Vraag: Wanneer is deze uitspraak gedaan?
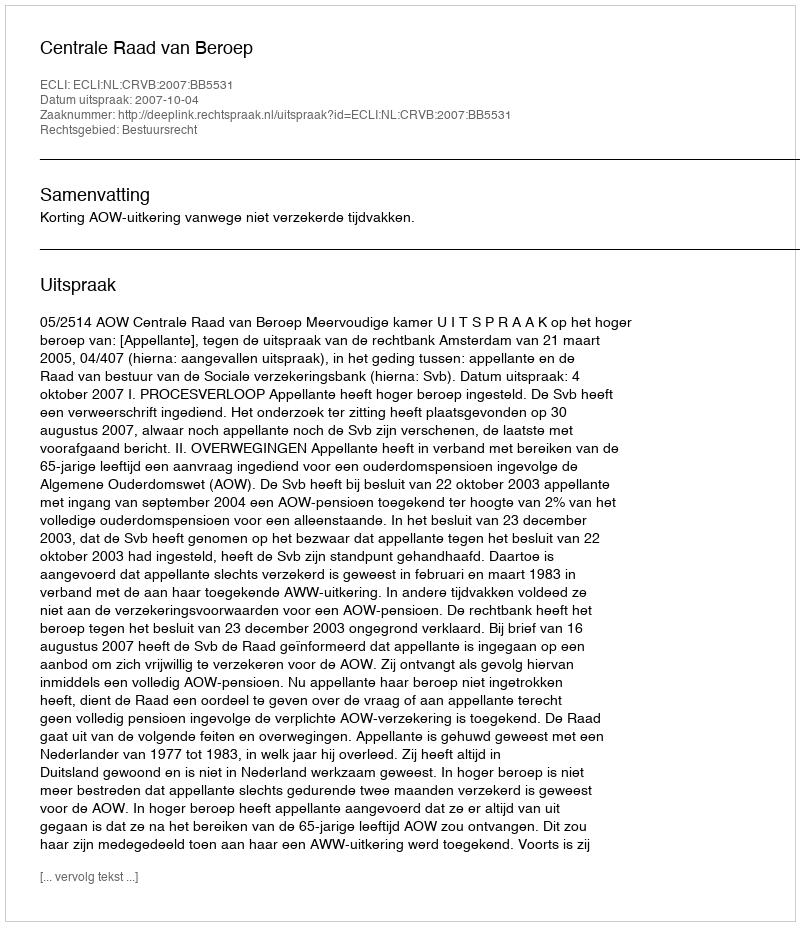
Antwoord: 2007-10-04